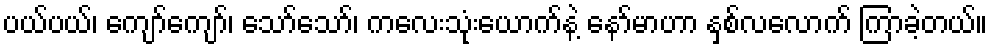
ပယ်ပယ်၊ ကျော်ကျော်၊ သော်သော်၊ ကလေးသုံးယောက်နဲ့ နော်မာဟာ နှစ်လလောက် ကြာခဲ့တယ်။